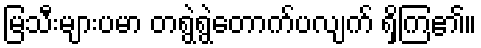
မြသီးများပမာ တရွဲရွဲတောက်ပလျက် ရှိကြ၏။